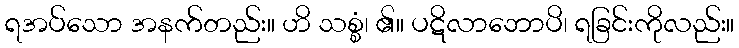
ရအပ်သော အနက်တည်း။ ဟိ သစ္စံ၊ ၏။ ပဋိလာဘောပိ၊ ရခြင်းကိုလည်း။